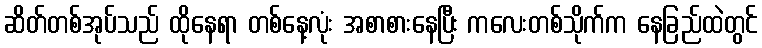
ဆိတ်တစ်အုပ်သည် ထိုနေရာ တစ်နေ့လုံး အစာစားနေပြီး ကလေးတစ်သိုက်က နေခြည်ထဲတွင်